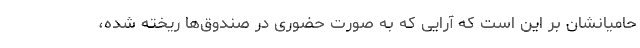
حامیانشان بر این است که آرایی که به صورت حضوری در صندوق‌ها ریخته شده،